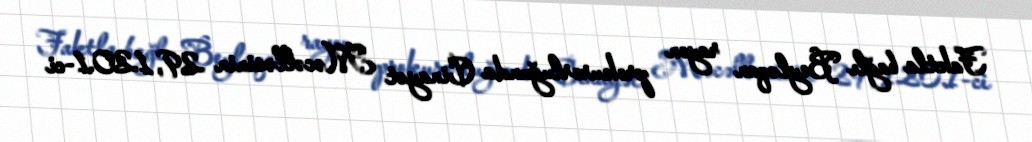
Faktla bağlı Beyləqan rayon prokurorluğunda Cinayət Məcəlləsinin 29, 120.1-ci